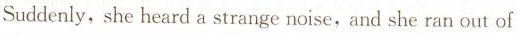
Suddenly, she heard a strange noise and she ran out of